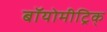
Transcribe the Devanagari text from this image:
बॉयोमीट्रिक्